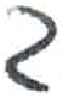
אות: ך